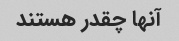
آنها چقدر هستند